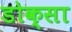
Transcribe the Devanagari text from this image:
डोक्सा